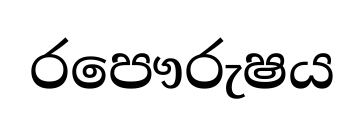
රපෞරුෂය